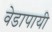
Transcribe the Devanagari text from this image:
वेडापायी